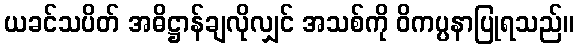
ယခင်သပိတ် အဓိဋ္ဌာန်ချလိုလျှင် အသစ်ကို ဝိကပ္ပနာပြုရသည်။